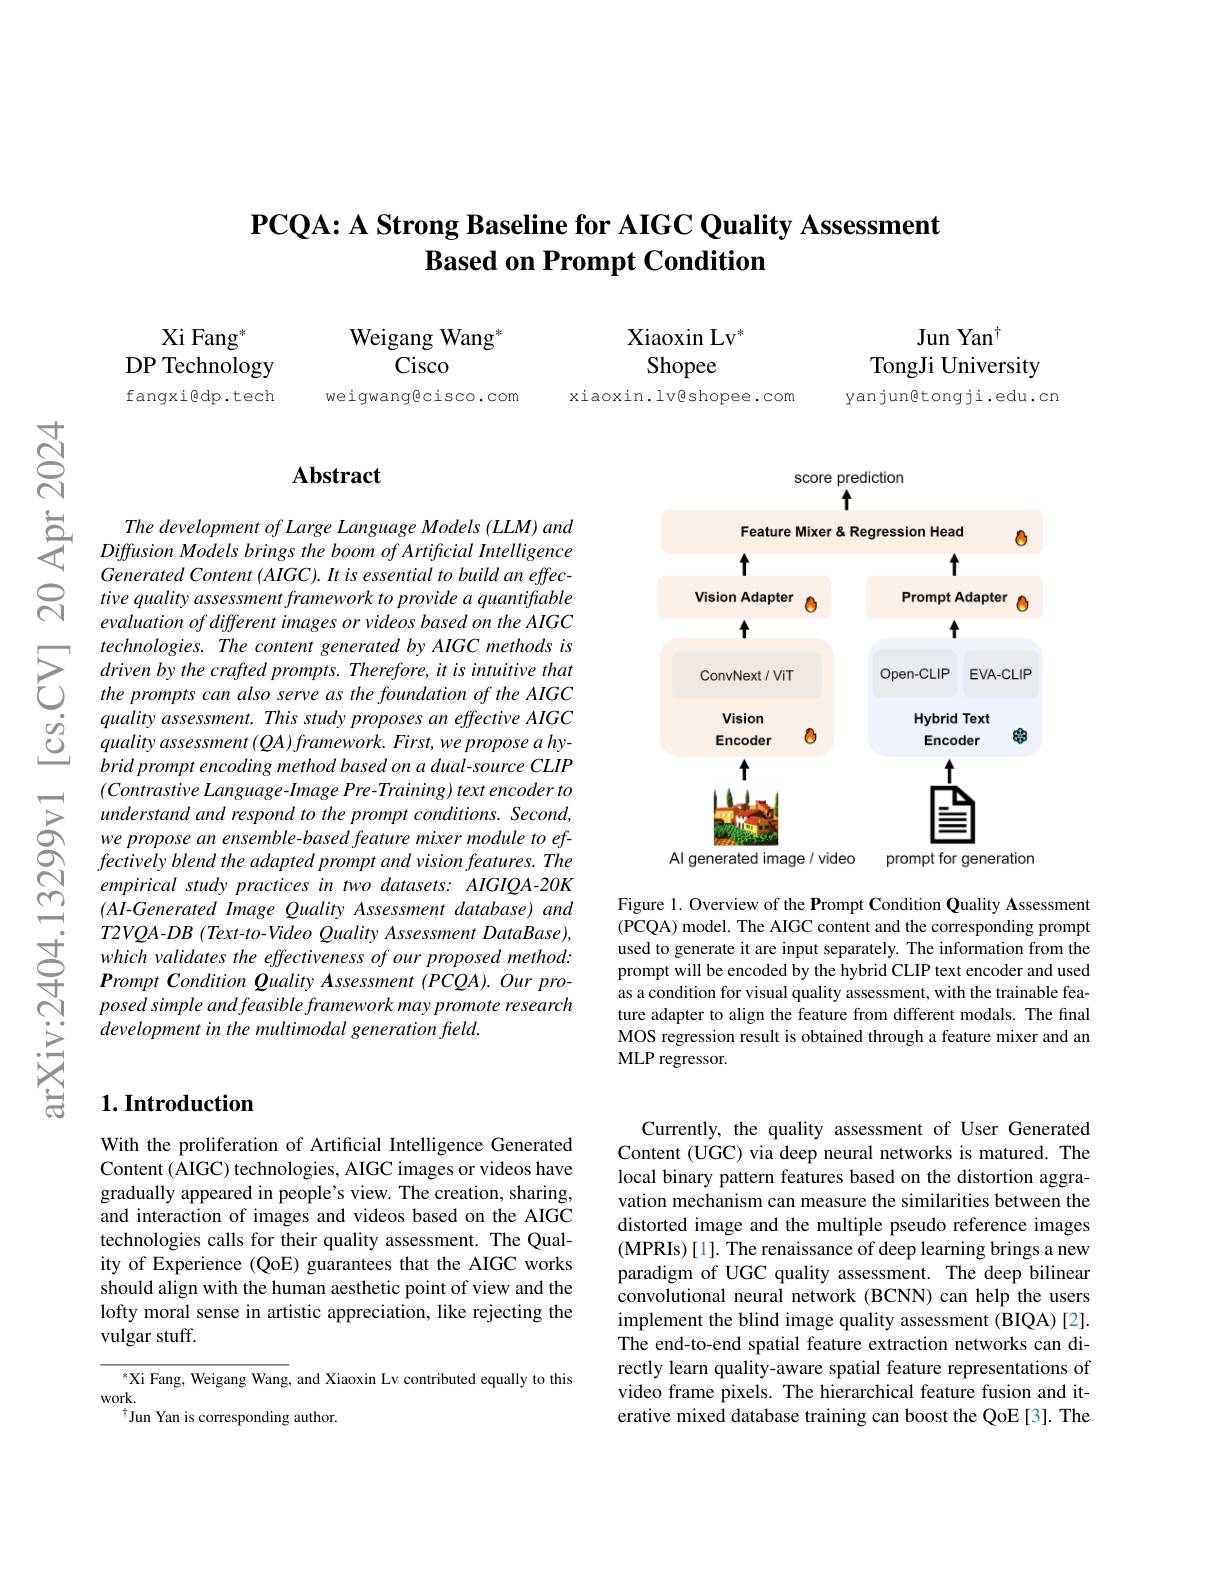
# $\textbf{PCQA: A Strong Baseline for AIGC Quality Assessment}$ $\textbf{Based on Prompt Condition}$

Weigang Wang$^{*}$
$\bar{\text{Cisco}}$

Xiaoxin Lv$^{*}$
Shopee

Xi Fang$^*$
DP Technology fangxi@dp.tech

Jun Yan$^{\dagger}$
TongJi University
yanjungtongji.edu.cn

weigwang@cisco.com

xiaoxin.lv@shopee.com

## Abstract

The development of Large Lan Diffusion Models brings the Generated Content (AIGC). It tive quality assessment fram evaluation of different imag
$\sum_{\begin{array}{ccc}&\text{technologies. Th}\end{array}}$ $\begin{array}{lll}&quality&assessment.\textsf{This study proposes an effective AIGC}\\\underline{O}&quality&assessment\left(QA\right)framework.First,we\:propose\:a\:hy-\end{array}$
brid prompt encoding method based on a dual-source CLIP (Contrastive Language- Image understand and respond to the prompt conditions. Second, we propose an ensemble- base fectively blend the adapted prompt and vision features. The empirical study practices in two datasets: AIGIQA-20K (AI-Generated Image Quality Assessment database) and
$T2VQA- DB$ $( Text- 10- Video$ Quality Assessment $DataBase) $,( PCQA) model. The AlG content and the correspondng prompt which validates the effectiveness of our proposed method: used to generate it are input separately. The information from the 于 Prompt
posed simple and feasible framework may promote research
development in the multimodal generation field.

# 1. Introduction

With the proliferation of Artificial Intelligence Generated Content (AIGC) technologies, AIGC images or videos have gradually appeared in people's view. The creation, sharing, and interaction of images and videos based on the AIGC technologies calls for their quality assessment. The Quality of Experience (QoE) guarantees that the AIGC works should align with the human aesthetic point of view and the lofty moral sense in artistic appreciation, like rejecting the vulgar stuff.

$^{*}$Xi Fang, Weigang Wang, and Xiaoxin Lv contributed equally to this
work.
$^{\dagger}$Jun Yan is corresponding author.

<FigureHere>

Figure 1. Overview of the Prompt Condition Quality Assessment (PCQA) model. The AIGC content and the corresponding prompt as a condition for visual quality assessment, with the trainable feature adapter to align the feature from different modals. The final MOS regression result is obtained through a feature mixer and an MLP regressor.

Currently, the quality assessment of User Generated Content (UGC) via deep neural networks is matured. The local binary pattern features based on the distortion aggravation mechanism can measure the similarities between the distorted image and the multiple pseudo reference images (MPRIs) [ 1] . The renaissance of deep learning brings a new paradigm of UGC quality assessment. The deep bilinear convolutional neural network (BCNN) can help the users implement the blind image quality assessment (BIQA)[2]. The end-to-end spatial feature extraction networks can directly learn quality-aware spatial feature representations of video frame pixels. The hierarchical feature fusion and iterative mixed database training can boost the QoE [3]. The